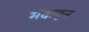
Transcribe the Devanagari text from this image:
मंदावून